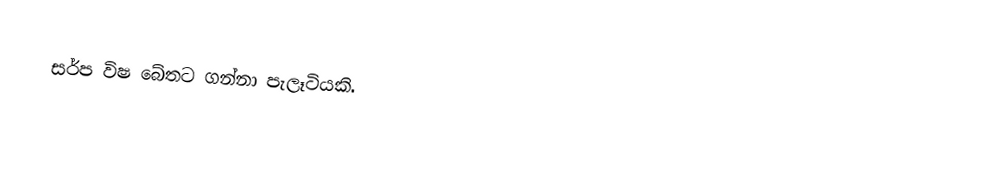
සර්ප විෂ බේතට ගන්නා පැලෑටියකි.